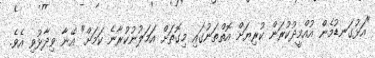
"އަޅުގަނޑުމެން އުއްމީދުކުރަން ކުރިޔަށް އޮތްތަނުގައި މިގޮތަށް އަމަލުނުކުރާނެ ކަމަށް" އޭނާ ވިދާޅުވި އެވެ.